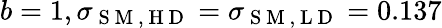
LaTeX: b=1,\sigma_{\mathrm{~S~M~,~H~D~}}=\sigma_{\mathrm{~S~M~,~L~D~}}=0.137